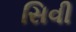
સિવી